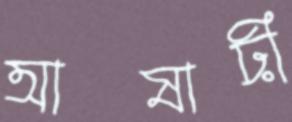
আষাঢ়ী